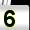
Digit: 5